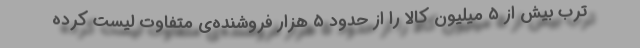
ترب بیش از ۵ میلیون کالا را از حدود ۵ هزار فروشنده‌ی متفاوت لیست کرده